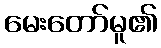
မေးတော်မူ၏